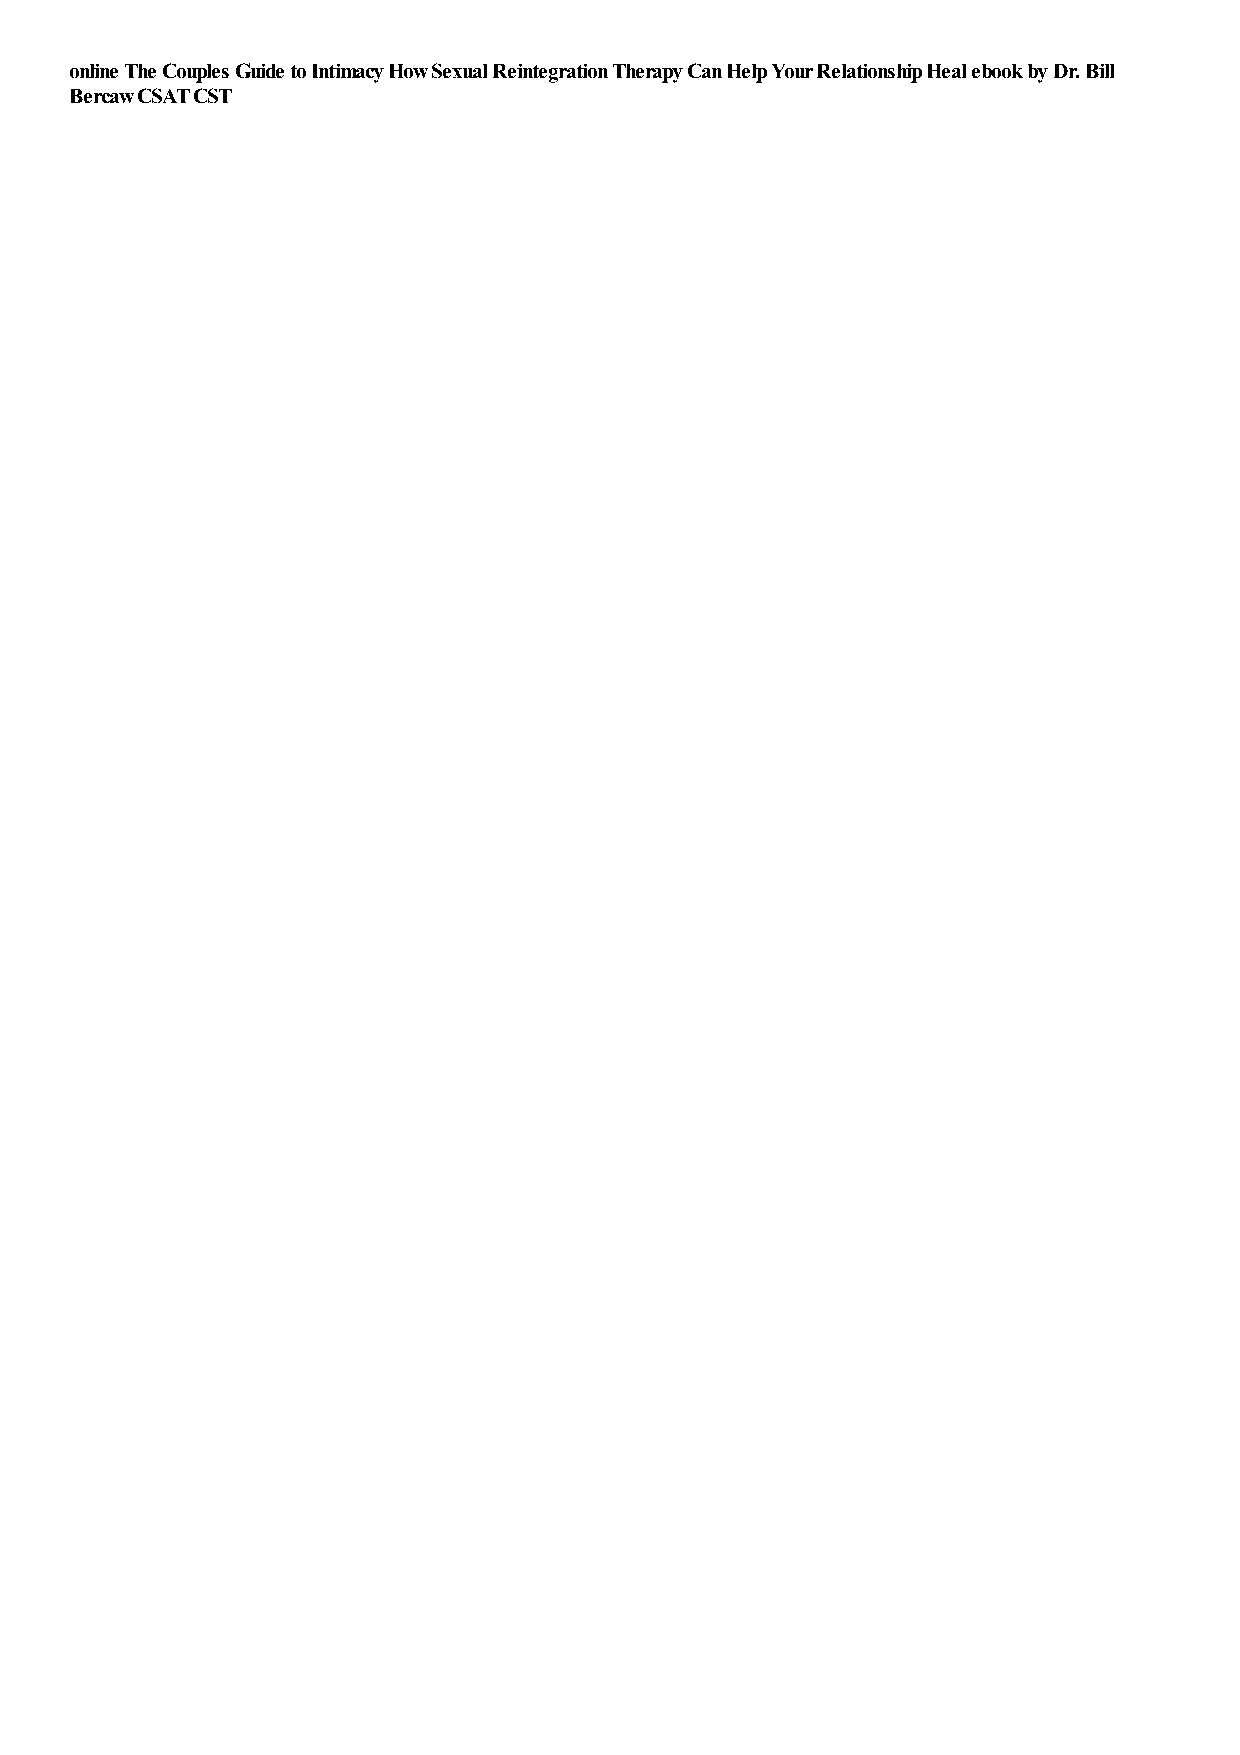
online The Couples Guide to Intimacy How Sexual Reintegration Therapy Can Help Your Relationship Heal ebook by Dr. Bill
 Bercaw CSAT CST